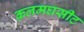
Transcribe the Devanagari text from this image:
क़लमघसीट